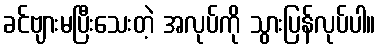
ခင်ဗျားမပြီးသေးတဲ့ အလုပ်ကို သွားပြန်လုပ်ပါ။